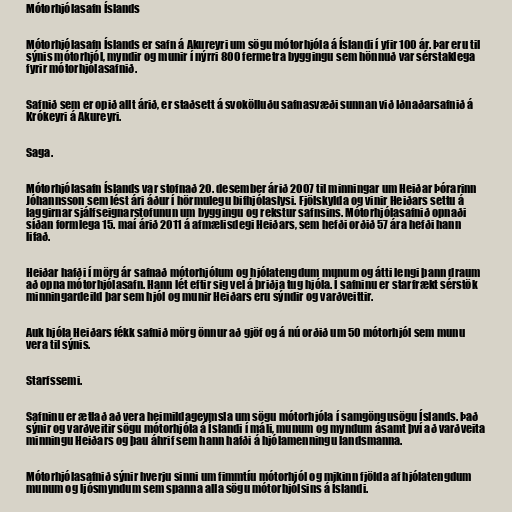
Mótorhjólasafn Íslands

Mótorhjólasafn Íslands er safn á Akureyri um sögu mótorhjóla á Íslandi í yfir 100 ár. Þar eru til
sýnis mótorhjól, myndir og munir í nýrri 800 fermetra byggingu sem hönnuð var sérstaklega
fyrir mótorhjólasafnið.

Safnið sem er opið allt árið, er staðsett á svokölluðu safnasvæði sunnan við Iðnaðarsafnið á
Krókeyri á Akureyri.

Saga.

Mótorhjólasafn Íslands var stofnað 20. desember árið 2007 til minningar um Heiðar Þórarinn
Jóhannsson sem lést ári áður í hörmulegu bifhjólaslysi. Fjölskylda og vinir Heiðars settu á
laggirnar sjálfseignarstofunun um byggingu og rekstur safnsins. Mótorhjólasafnið opnaði
síðan formlega 15. maí árið 2011 á afmælisdegi Heiðars, sem hefði orðið 57 ára hefði hann
lifað.

Heiðar hafði í mörg ár safnað mótorhjólum og hjólatengdum munum og átti lengi þann draum
að opna mótorhjólasafn. Hann lét eftir sig vel á þriðja tug hjóla. Í safninu er starfrækt sérstök
minningardeild þar sem hjól og munir Heiðars eru sýndir og varðveittir.

Auk hjóla Heiðars fékk safnið mörg önnur að gjöf og á nú orðið um 50 mótorhjól sem munu
vera til sýnis.

Starfssemi.

Safninu er ætlað að vera heimildageymsla um sögu mótorhjóla í samgöngusögu Íslands. Það
sýnir og varðveitir sögu mótorhjóla á Íslandi í máli, munum og myndum ásamt því að varðveita
minningu Heiðars og þau áhrif sem hann hafði á hjólamenningu landsmanna.

Mótorhjólasafnið sýnir hverju sinni um fimmtíu mótorhjól og mikinn fjölda af hjólatengdum
munum og ljósmyndum sem spanna alla sögu mótorhjólsins á Íslandi.